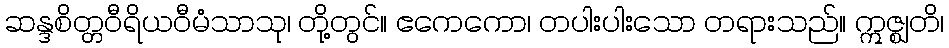
ဆန္ဒစိတ္တဝီရိယဝီမံသာသု၊ တို့တွင်။ ဧကေကော၊ တပါးပါးသော တရားသည်။ ဣဇ္ဈတိ၊